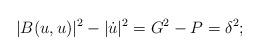
LaTeX: \begin{align*}|B(u,u)|^2-|\dot{u}|^2=G^2-P=\delta^2;\end{align*}